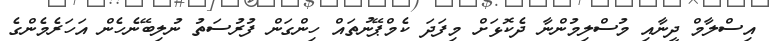
އިސްލާމް ދީނާއި މުސްލިމުންނާ ދެކޮޅަށް މިފަދަ ކެމްޕޭނުތައް ހިންގަން ފުރުސަތު ނުލިބޭނެހެން އަހަރެމެންގެ